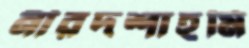
নীরদশাহমি